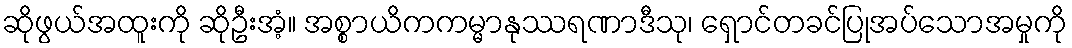
ဆိုဖွယ်အထူးကို ဆိုဦးအံ့။ အစ္စာယိကကမ္မာနုဿရဏာဒီသု၊ ရှောင်တခင်ပြုအပ်သောအမှုကို